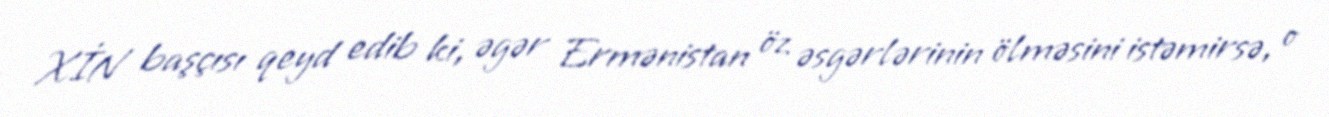
XİN başçısı qeyd edib ki, əgər Ermənistan öz əsgərlərinin ölməsini istəmirsə, o